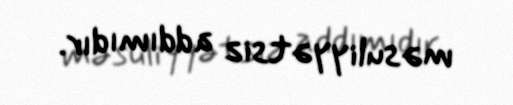
məsuliyyətsiz addımıdır.